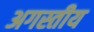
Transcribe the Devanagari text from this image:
अगस्तीय